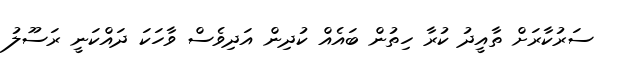
ސަރުކާރަށް ތާއީދު ކުރާ ހިތުން ބައެއް ކުދިން އަދިވެސް ވާހަކަ ދައްކަނީ ރަސޫލު